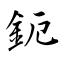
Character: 鈪